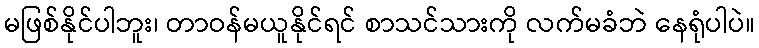
မဖြစ်နိုင်ပါဘူး၊ တာဝန်မယူနိုင်ရင် စာသင်သားကို လက်မခံဘဲ နေရုံပါပဲ။